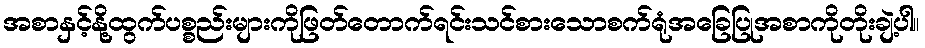
အစာနှင့်နို့ထွက်ပစ္စည်းများကိုဖြတ်တောက်ရင်းသင်စားသောစက်ရုံအခြေပြုအစာကိုတိုးချဲ့ပါ။